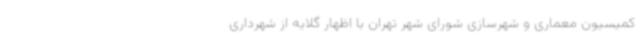
کمیسیون معماری و شهرسازی شورای شهر تهران با اظهار گلایه‌ از شهرداری